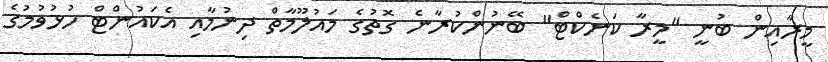
މީރާއިން ބުނީ "މީރާ ކަނެކްޓް" ބޭނުންކުރާނެ ގޮތުގެ މައުލޫމާތް ދިނުމާއި އެކައުންޓް ހުޅުވުމުގެ